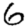
Digit: 6